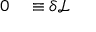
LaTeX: \begin{array} { r l } { 0 } & { { } \equiv \delta { \mathcal { L } } } \end{array}